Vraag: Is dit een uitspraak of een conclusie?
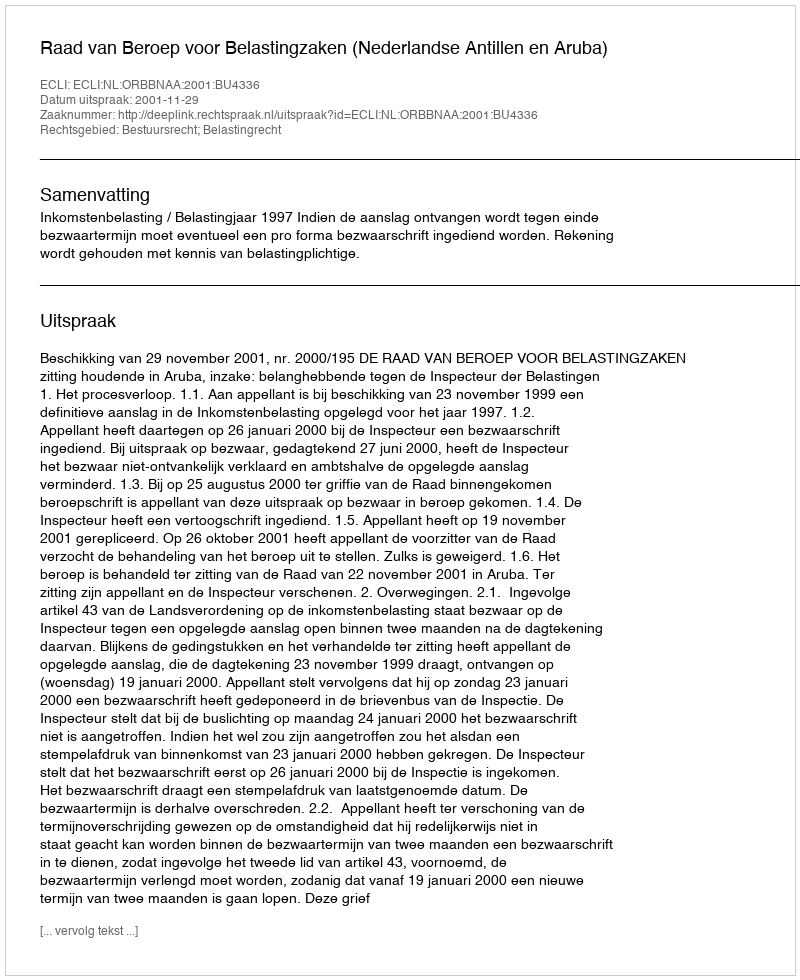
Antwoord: Uitspraak